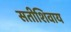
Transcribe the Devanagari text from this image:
सतीशिवाय